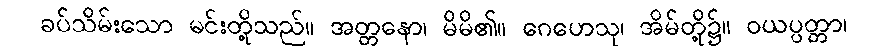
ခပ်သိမ်းသော မင်းတို့သည်။ အတ္တနော၊ မိမိ၏။ ဂေဟေသု၊ အိမ်တို့၌။ ဝယပ္ပတ္တာ၊